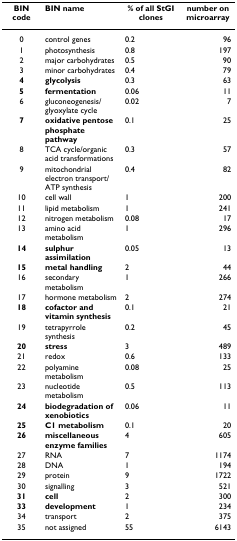
<table><thead><tr><td><b>BIN code</b></td><td><b>BIN name</b></td><td><b>% of all StGI clones</b></td><td><b>number on microarray</b></td></tr></thead><tbody><tr><td>0</td><td>control genes</td><td>0.2</td><td>96</td></tr><tr><td>1</td><td>photosynthesis</td><td>0.8</td><td>197</td></tr><tr><td>2</td><td>major carbohydrates</td><td>0.5</td><td>90</td></tr><tr><td>3</td><td>minor carbohydrates</td><td>0.4</td><td>79</td></tr><tr><td><b>4</b></td><td><b>glycolysis</b></td><td>0.3</td><td>63</td></tr><tr><td><b>5</b></td><td><b>fermentation</b></td><td>0.06</td><td>11</td></tr><tr><td>6</td><td>gluconeogenesis/glyoxylate cycle</td><td>0.02</td><td>7</td></tr><tr><td><b>7</b></td><td><b>oxidative pentose phosphate pathway</b></td><td>0.1</td><td>25</td></tr><tr><td>8</td><td>TCA cycle/organic acid transformations</td><td>0.3</td><td>57</td></tr><tr><td>9</td><td>mitochondrial electron transport/ATP synthesis</td><td>0.4</td><td>82</td></tr><tr><td>10</td><td>cell wall</td><td>1</td><td>200</td></tr><tr><td>11</td><td>lipid metabolism</td><td>1</td><td>241</td></tr><tr><td>12</td><td>nitrogen metabolism</td><td>0.08</td><td>17</td></tr><tr><td>13</td><td>amino acid metabolism</td><td>1</td><td>296</td></tr><tr><td><b>14</b></td><td><b>sulphur assimilation</b></td><td>0.05</td><td>13</td></tr><tr><td><b>15</b></td><td><b>metal handling</b></td><td>2</td><td>44</td></tr><tr><td>16</td><td>secondary metabolism</td><td>1</td><td>266</td></tr><tr><td>17</td><td>hormone metabolism</td><td>2</td><td>274</td></tr><tr><td><b>18</b></td><td><b>cofactor and vitamin synthesis</b></td><td>0.1</td><td>21</td></tr><tr><td>19</td><td>tetrapyrrole synthesis</td><td>0.2</td><td>45</td></tr><tr><td><b>20</b></td><td><b>stress</b></td><td>3</td><td>489</td></tr><tr><td>21</td><td>redox</td><td>0.6</td><td>133</td></tr><tr><td>22</td><td>polyamine metabolism</td><td>0.08</td><td>25</td></tr><tr><td>23</td><td>nucleotide metabolism</td><td>0.5</td><td>113</td></tr><tr><td><b>24</b></td><td><b>biodegradation of xenobiotics</b></td><td>0.06</td><td>11</td></tr><tr><td><b>25</b></td><td><b>C1 metabolism</b></td><td>0.1</td><td>20</td></tr><tr><td><b>26</b></td><td><b>miscellaneous enzyme families</b></td><td>4</td><td>605</td></tr><tr><td>27</td><td>RNA</td><td>7</td><td>1174</td></tr><tr><td>28</td><td>DNA</td><td>1</td><td>194</td></tr><tr><td>29</td><td>protein</td><td>9</td><td>1722</td></tr><tr><td>30</td><td>signalling</td><td>3</td><td>521</td></tr><tr><td><b>31</b></td><td><b>cell</b></td><td>2</td><td>300</td></tr><tr><td><b>33</b></td><td><b>development</b></td><td>1</td><td>234</td></tr><tr><td>34</td><td>transport</td><td>2</td><td>375</td></tr><tr><td>35</td><td>not assigned</td><td>55</td><td>6143</td></tr></tbody></table>